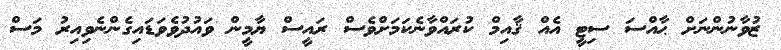
ޒުވާނުންނަށް ޙާއްސަ ސިޓީ އެއް ޤާއިމް ކުރައްވާނެކަމަށްވެސް ރައީސް ޔާމީން ވައުދުވެވަޑައިގެންނެވިއިރު މަސް